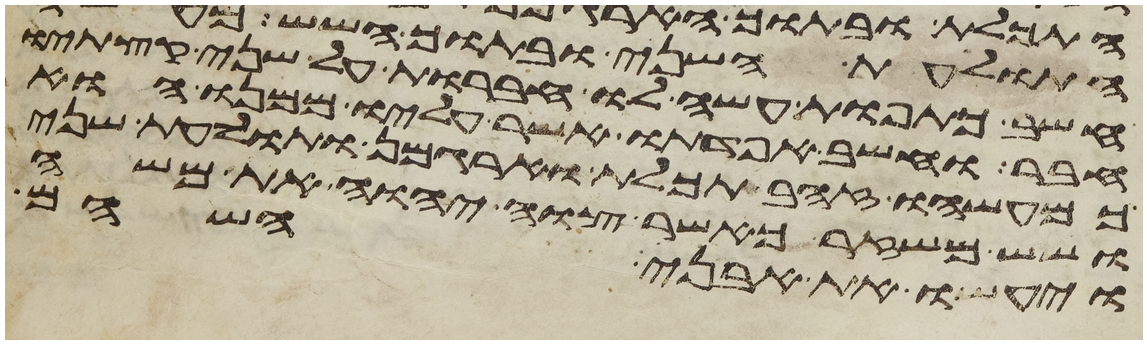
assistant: חשב כתפות עשה לו חברות על שני קצתיו
חבר וחשב אפדתו אשר עליו ממנו הוא
כמעשהו זהב תכלת וארגמן ותולעת שני
ושש משזר כאשר צוה יהוה את משה
ויעשו את אבני השהם